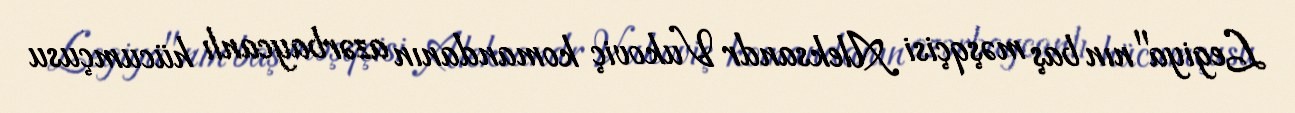
Legiya"nın baş məşqçisi Aleksandr Vukoviç komandanın azərbaycanlı hücumçusu